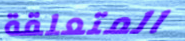
المتعلقة